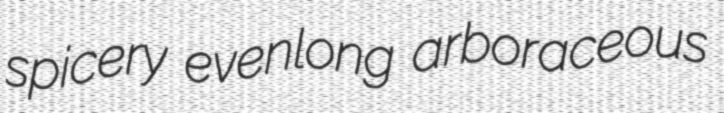
spicery evenlong arboraceous